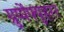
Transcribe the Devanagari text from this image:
ग्रुप्पेंफ्युहरर